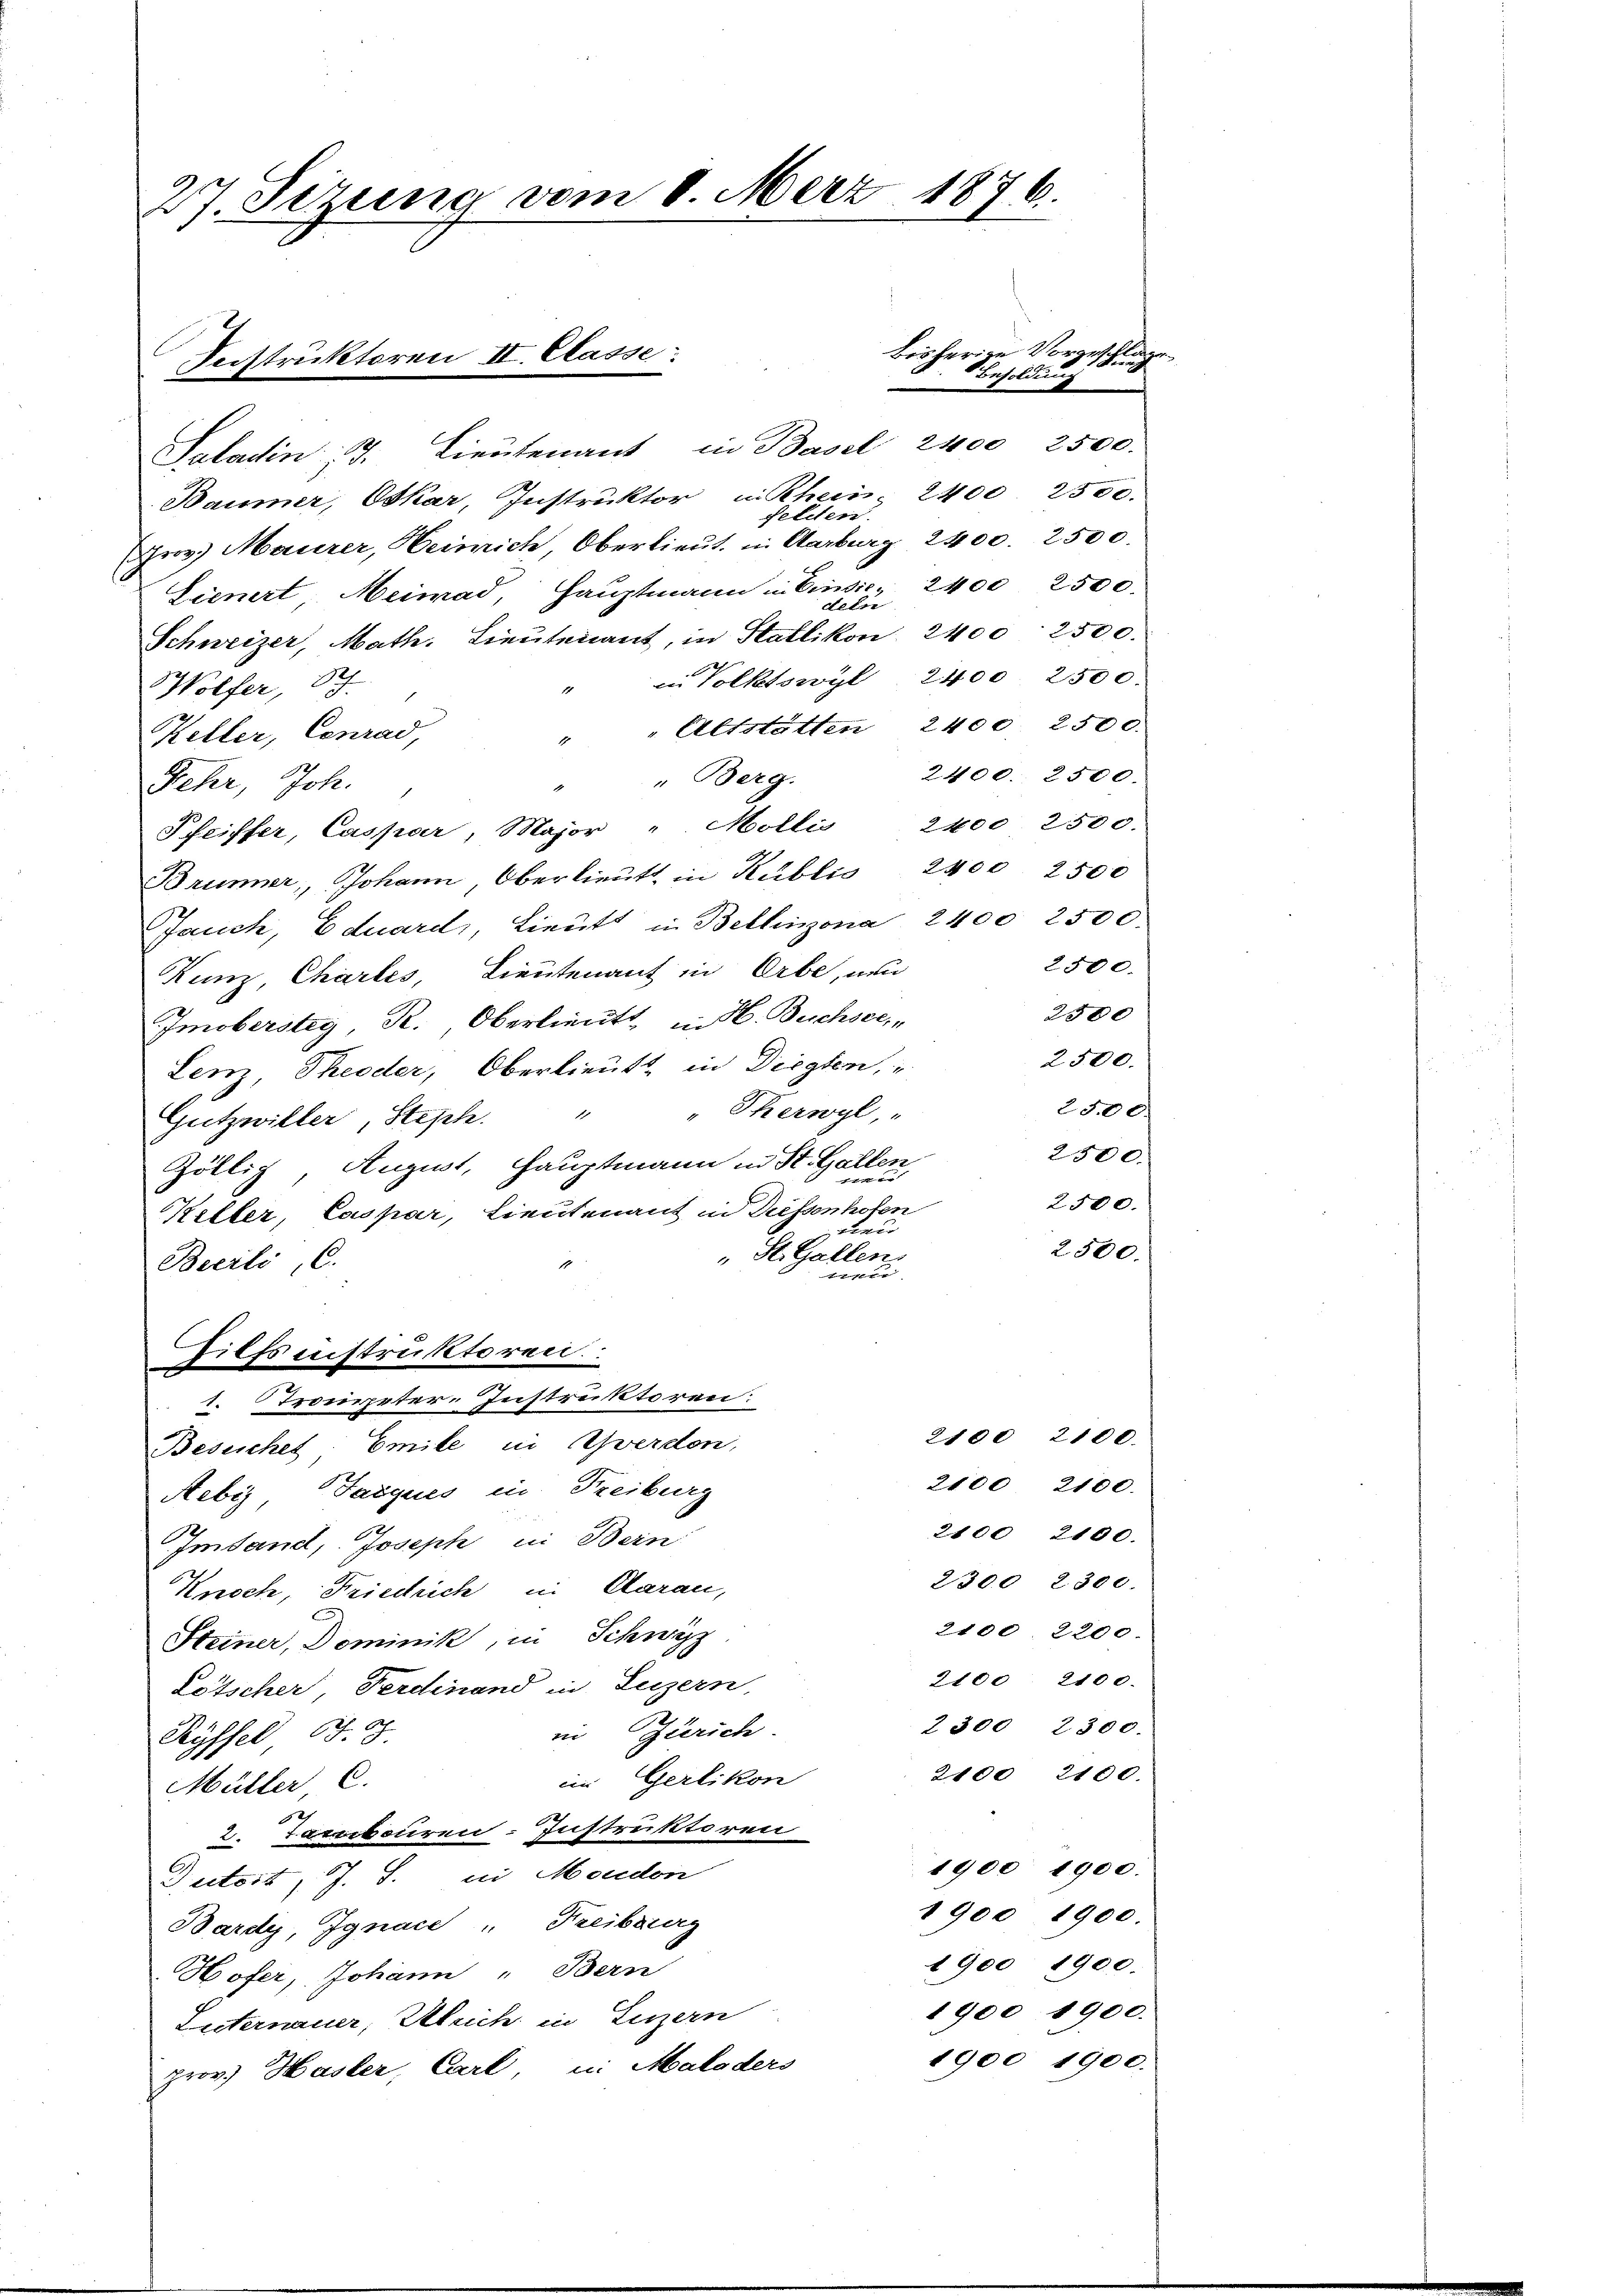
27. Sezung vom 8. März 1876.

Instruktoren II. Classe:

Saladin; 3. Lieutenant in Basel 2400 2500.
Baumer, Oskar, Instruktor in Rhein. 2400. 2500.
fetten.
rov. Maurer, Heinrich, Oberlieut. in Aarburg, 2400. 2500.
Lienert, Heimad, Hauptmann in Einsie, 2400 2500.
deln
Schweizer, Math. Lieutenant, in Stallikon 2400. 2500.
in Volkswyl 2400. 2500.
Wolfer, 17.
" Altstatten 2400. 2500.
Keller, Conrad,
1
2400. 2500.
" Berg.
Fehr, Joh.
Pfeiffer, Caspar, Major " Mollis, 2400 2500.
Brunner, Johann, Oberlieutt in Kublic 2400 2500
Jauch, Eduard, Lieutt in Bellinzona, 2400 2500.
2500.
Kunz, Chartes, Lieutenant in Erbe, und
Imobersteg, R., Oberlieutt u. H. Buchsee,
Lenz, Theoder, Oberlieutt in Diegten,
2500.
Gutzwiller, Steph. " " Skerwyl, "
Göllig, August, Hauptmann in St. Gallen,
2500.
Keller, Caspar, Lieutenant in Pressenhofen
teu
2500.
" St. Gallen.
Becrli, C.

Hilfsinstruktoren.
1. Trompeter-Instruktoren:
2100. 2100.
Besuchet: Emile in Werden,
2100. 2100.
Aebiz, Jacques in Freiburg
2100 2100.
Imtand, Joseph in Bern
2300 2300.
Knoch, Friedrich in Claran,
2100. 2200.
Steiner, Dominik, in Schwyz
2100. 2100.
Lötscher, Ferdinand in Luzern,
2300 2300.
in Zürich.
Ryffel St. G.
2100 2100.
im Gerlikon
Müller C.
.
2. Fernbauren-Instruktoren
1900 1900.
Dutost, J. J. in Moudon
1900 1900.
Bardy, Jgnace " Freiburg
1900, 1900.
Hofer, Johann "Bern
1900 1900.
Luternauer, Ulrich in Luzern
1900 1900.
prov. Hasler, Carl, in Maloders

bisherige Vorgeschli
Besoldung
.

2300

2500.

2500.

i
.